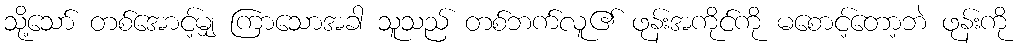
သို့သော် တစ်အောင့်မျှ ကြာသောအခါ သူသည် တစ်ဘက်လူ၏ ဖုန်းအကိုင်ကို မစောင့်တော့ဘဲ ဖုန်းကို